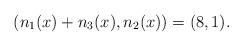
LaTeX: \begin{align*}(n_1(x)+n_3(x),n_2(x))= (8,1).\end{align*}